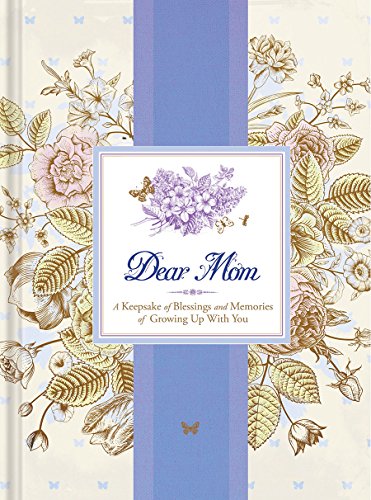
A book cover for Dear Mom: A Keepsake of Blessings and Memories of Growing Up with You (Specialty Journal); Ellie Claire; Self-Help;